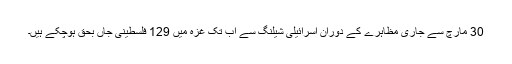
30 مارچ سے جاری مظاہرے کے دوران اسرائیلی شیلنگ سے اب تک غزہ میں 129 فلسطینی جاں بحق ہوچکے ہیں۔